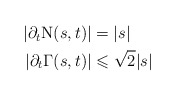
\begin{align*}\begin{aligned}|\partial_t\mathrm N(s,t)|&=|s|\\|\partial_t \Gamma(s,t)|& \leqslant\sqrt{2}|s|\end{aligned}\end{align*}